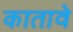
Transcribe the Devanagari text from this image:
कातावे